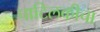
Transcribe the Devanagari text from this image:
पाटिलकीचा